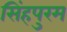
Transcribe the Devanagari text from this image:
सिंहपुरम